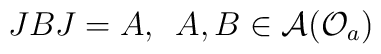
JBJ=A,\,\,\,A,B\in \mathcal{A}(\mathcal{O}_{a})